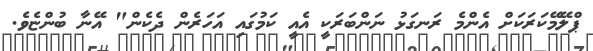
ޕްލޭމޭކަރަކަށް އެންމެ ރަނގަޅު ނަންބަރަކީ އެއީ ކަމުގައި އަހަރެން ދެކެން" އޭނާ ބުންޏެވެ.